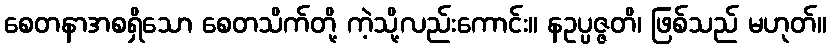
စေတနာအစရှိသော စေတသိက်တို့ ကဲ့သို့လည်းကောင်း။ နဥပ္ပဇ္ဇတိ၊ ဖြစ်သည် မဟုတ်။